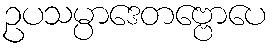
ဥပသမ္ပာဒေတဗ္ဗောပေ